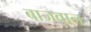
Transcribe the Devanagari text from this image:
बाजवान